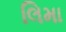
લિમા